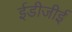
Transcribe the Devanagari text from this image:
ईडीजीई